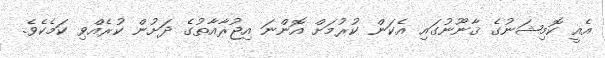
އެއީ ކޮމިޝަނުގެ ޤާނޫނުގައި އެކަން ކުރުމަށް އޮންނަ އިޖުރާއާތުގެ ދަށުން ކުރެއްވި ކަމެކެވެ.